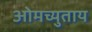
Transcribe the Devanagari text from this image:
ओमच्युताय